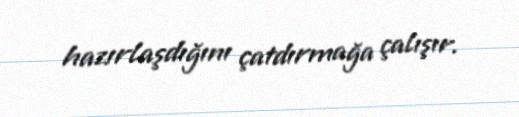
hazırlaşdığını çatdırmağa çalışır.